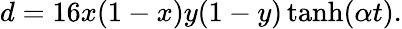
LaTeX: d=16x(1-x)y(1-y)\operatorname{tanh}(\alpha t).